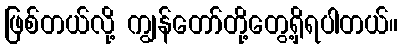
ဖြစ်တယ်လို့ ကျွန်တော်တို့တွေ့ရှိရပါတယ်။